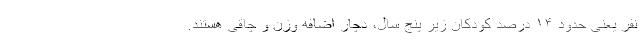
نفر یعنی حدود ۱۴ درصد کودکان زیر پنج سال، دچار اضافه وزن و چاقی هستند.